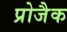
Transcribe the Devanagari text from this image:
प्रोजैक